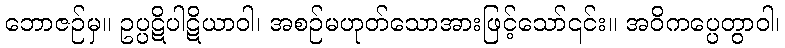
ဘောဇဉ်မှ။ ဥပ္ပဋိပါဋိယာဝါ၊ အစဉ်မဟုတ်သောအားဖြင့်သော်၎င်း။ အဝိကပ္ပေတွာဝါ၊